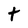
Character: t